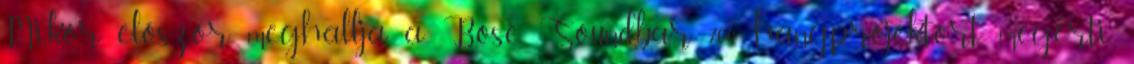
Mikor először meghallja a Bose Soundbar 700 hangprojektort, megérti,